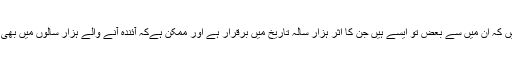
یہ تاریخ ساز فتووں کے کچھ نمونے ہیں کہ ان میں سے بعض تو ایسے ہیں جن کا اثر ہزار سالہ تاریخ میں برقرار ہے اور ممکن ہےکہ آئندہ آنے والے ہزار سالوں میں بھی ان کا اثر اسی طرح بدستور باقی رہے۔